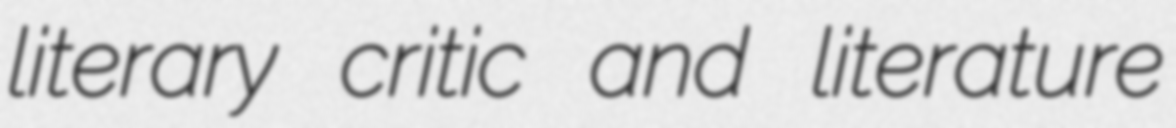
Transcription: literary critic and literature